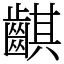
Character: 䶞